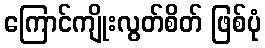
ကြောင်ကျိုးလွတ်စိတ် ဖြစ်ပုံ